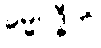
ဓမ္မဝုဒ္ဓီတိ